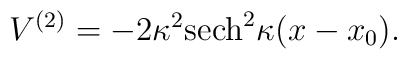
V^{(2)}=-2\kappa^2{\rm sech}^2\kappa(x-x_{0}).